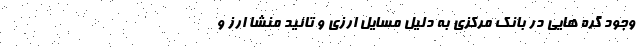
وجود گره هایی در بانک مرکزی به دلیل مسایل ارزی و تائید منشا ارز و